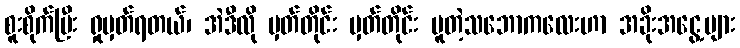
စူးစိုက်ပြီး ရှုမှတ်ရတယ်၊ အဲဒီလို မှတ်တိုင်း မှတ်တိုင်း ပူတဲ့သဘောကလေးဟာ အခိုးအငွေ့များ